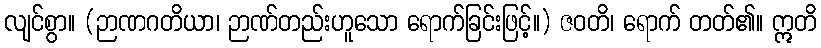
လျင်စွာ။ (ဉာဏဂတိယာ၊ ဉာဏ်တည်းဟူသော ရောက်ခြင်းဖြင့်။) ဇဝတိ၊ ရောက် တတ်၏။ ဣတိ